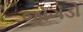
જોગડો